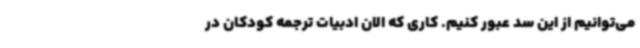
می‌توانیم از این سد عبور کنیم. کاری که الان ادبیات ترجمه کودکان در